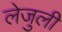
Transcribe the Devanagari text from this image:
लेजुली